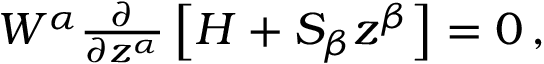
\begin{array} { r } { W ^ { \alpha } \frac { \partial } { \partial z ^ { \alpha } } \left[ H + S _ { \beta } z ^ { \beta } \right] = 0 \, , } \end{array}